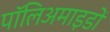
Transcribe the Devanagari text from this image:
पॉलिअमाइडों